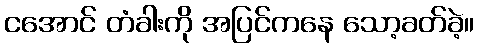
ငအောင် တံခါးကို အပြင်ကနေ သော့ခတ်ခဲ့။